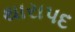
થારાપદ